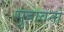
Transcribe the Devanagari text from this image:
सुहावनो